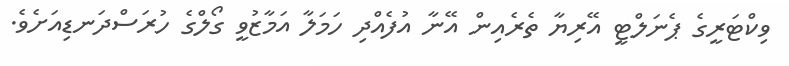
ވިކްޓަރީގެ ޕެނަލްޓީ އޭރިޔާ ތެރެއިން އޭނާ އުފެއްދި ހަމަލާ އަމާޒުވީ ގޯލްގެ ހުރަސްދަނޑިއަށެވެ.